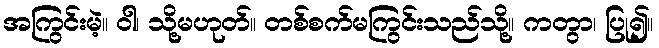
အကြွင်းမဲ့။ ဝါ၊ သို့မဟုတ်။ တစ်စက်မကြွင်းသည်သို့။ ကတွာ၊ ပြု၍။